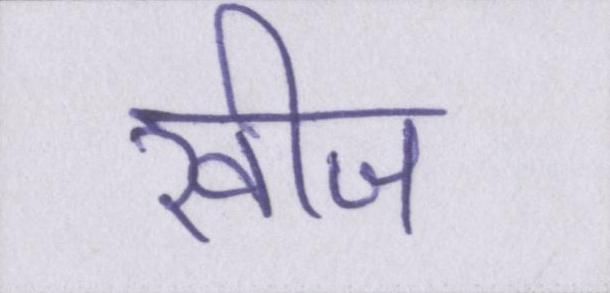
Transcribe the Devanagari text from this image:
खीज